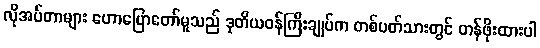
လိုအပ်တာများ ဟောပြောတော်မူသည် ဒုတိယဝန်ကြီးချုပ်က တစ်ပတ်သားတွင် တန်ဖိုးထားပါ